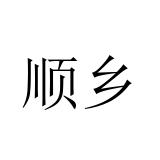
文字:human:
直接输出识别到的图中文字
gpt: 顺乡